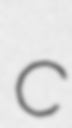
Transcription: c